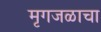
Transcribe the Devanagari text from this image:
मृगजळाचा